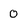
Character: 0